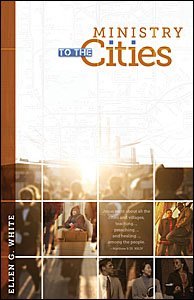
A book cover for Ministry to the Cities; Ellen G. White; Christian Books & Bibles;